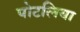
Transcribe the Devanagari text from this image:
पोटलिया